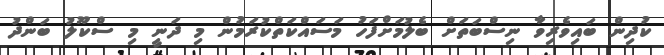
ކުދިން ބައިވެރިވާ ނިސްބަތަށް ބެލުމަށްފަހު މަސައްކަތްކުރަމުން މި ދަނީ މި ސްކޫލު ބަންދު